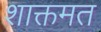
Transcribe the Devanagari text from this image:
शाक्तमत